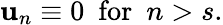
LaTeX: \mathbf{u}_{n}\equiv0\ \ \textrm{{for}}\ \ n>s.